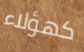
كهؤلاء